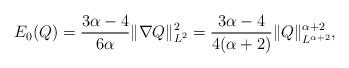
LaTeX: \begin{align*} E_0(Q) = \frac{3\alpha-4}{6\alpha} \|\nabla Q\|^2_{L^2} = \frac{3\alpha-4}{4(\alpha+2)} \|Q\|^{\alpha+2}_{L^{\alpha+2}},\end{align*}